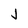
Character: j